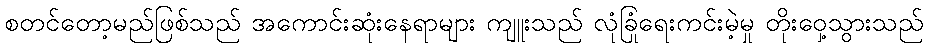
စတင်တော့မည်ဖြစ်သည် အကောင်းဆုံးနေရာများ ကျူးသည် လုံခြုံရေးကင်းမဲ့မှု တိုးဝှေ့သွားသည်